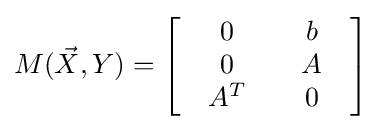
M({\vec {X}},Y)=\left[{\begin{array}{*{20}c}{\begin{array}{*{20}c}0\\0\\A^{T}\end{array}}&{\begin{array}{*{20}c}b\\A\\0\end{array}}\end{array}}\right]